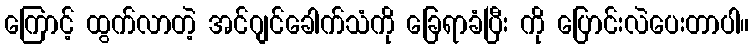
ကြောင့် ထွက်လာတဲ့ အင်ဂျင်ခေါက်သံကို ခြေရာခံပြီး ကို ပြောင်းလဲပေးတာပါ။